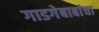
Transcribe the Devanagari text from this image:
गाडगेबाबांचा